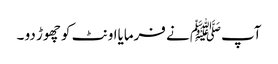
آپﷺ نے فرمایااونٹ کو چھوڑ دو ۔